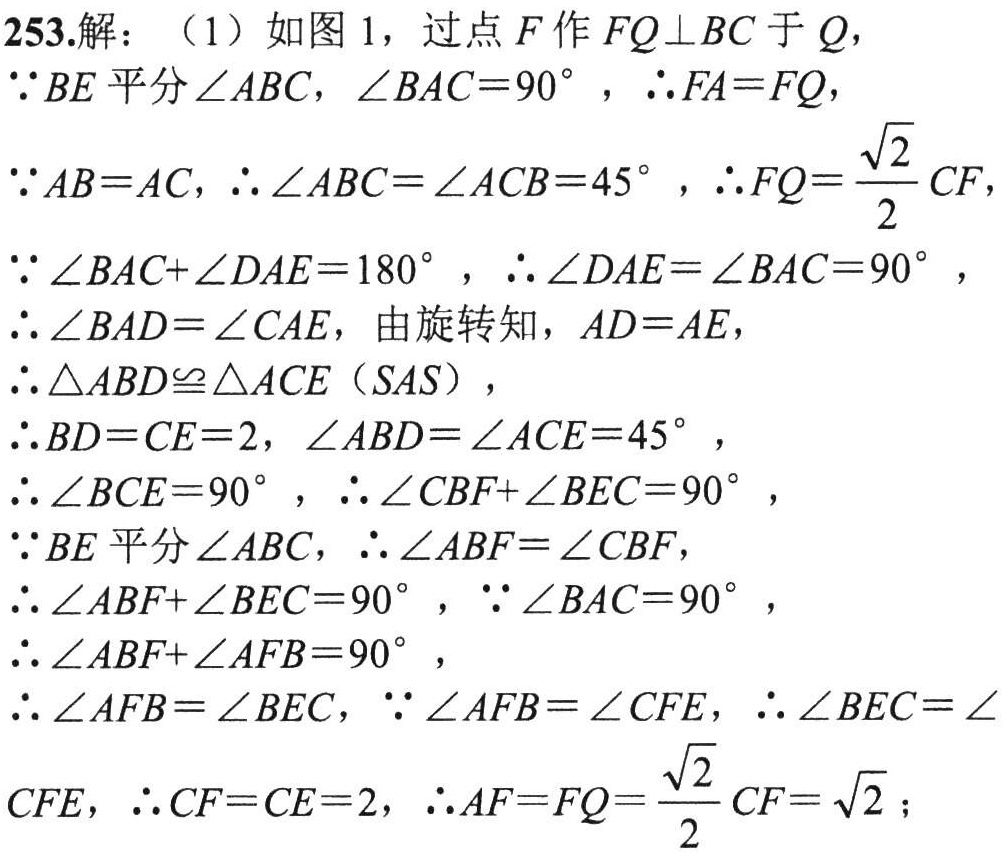
253.解：（1）如图 1，过点 \(F\) 作 \(FQ\perp BC\) 于 \(Q\)，

\(\because BE\) 平分 \(\angle ABC\)，\(\angle BAC = 90^{\circ}\)，\(\therefore FA = FQ\)，

\(\because AB = AC\)，\(\therefore \angle ABC=\angle ACB = 45^{\circ}\)，\(\therefore FQ=\frac{\sqrt{2}}{2}CF\)，

\(\because \angle BAC+\angle DAE = 180^{\circ}\)，\(\therefore \angle DAE=\angle BAC = 90^{\circ}\)，

\(\therefore \angle BAD=\angle CAE\)，由旋转知，\(AD = AE\)，

\(\therefore \triangle ABD\cong\triangle ACE(SAS)\)，

\(\therefore BD = CE = 2\)，\(\angle ABD=\angle ACE = 45^{\circ}\)，

\(\therefore \angle BCE = 90^{\circ}\)，\(\therefore \angle CBF+\angle BEC = 90^{\circ}\)，

\(\because BE\) 平分 \(\angle ABC\)，\(\therefore \angle ABF=\angle CBF\)，

\(\therefore \angle ABF+\angle BEC = 90^{\circ}\)，\(\because \angle BAC = 90^{\circ}\)，

\(\therefore \angle ABF+\angle AFB = 90^{\circ}\)，

\(\therefore \angle AFB=\angle BEC\)，\(\because \angle AFB=\angle CFE\)，\(\therefore \angle BEC=\angle\)

\(CFE\)，\(\therefore CF = CE = 2\)，\(\therefore AF = FQ=\frac{\sqrt{2}}{2}CF=\sqrt{2}\)；